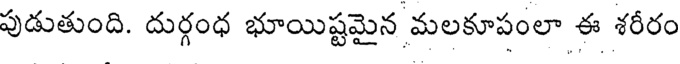
పుడుతుంది. దుర్గంధ భూయిష్టమైన మలకూపంలా ఈ శరీరం